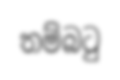
තම්බටු